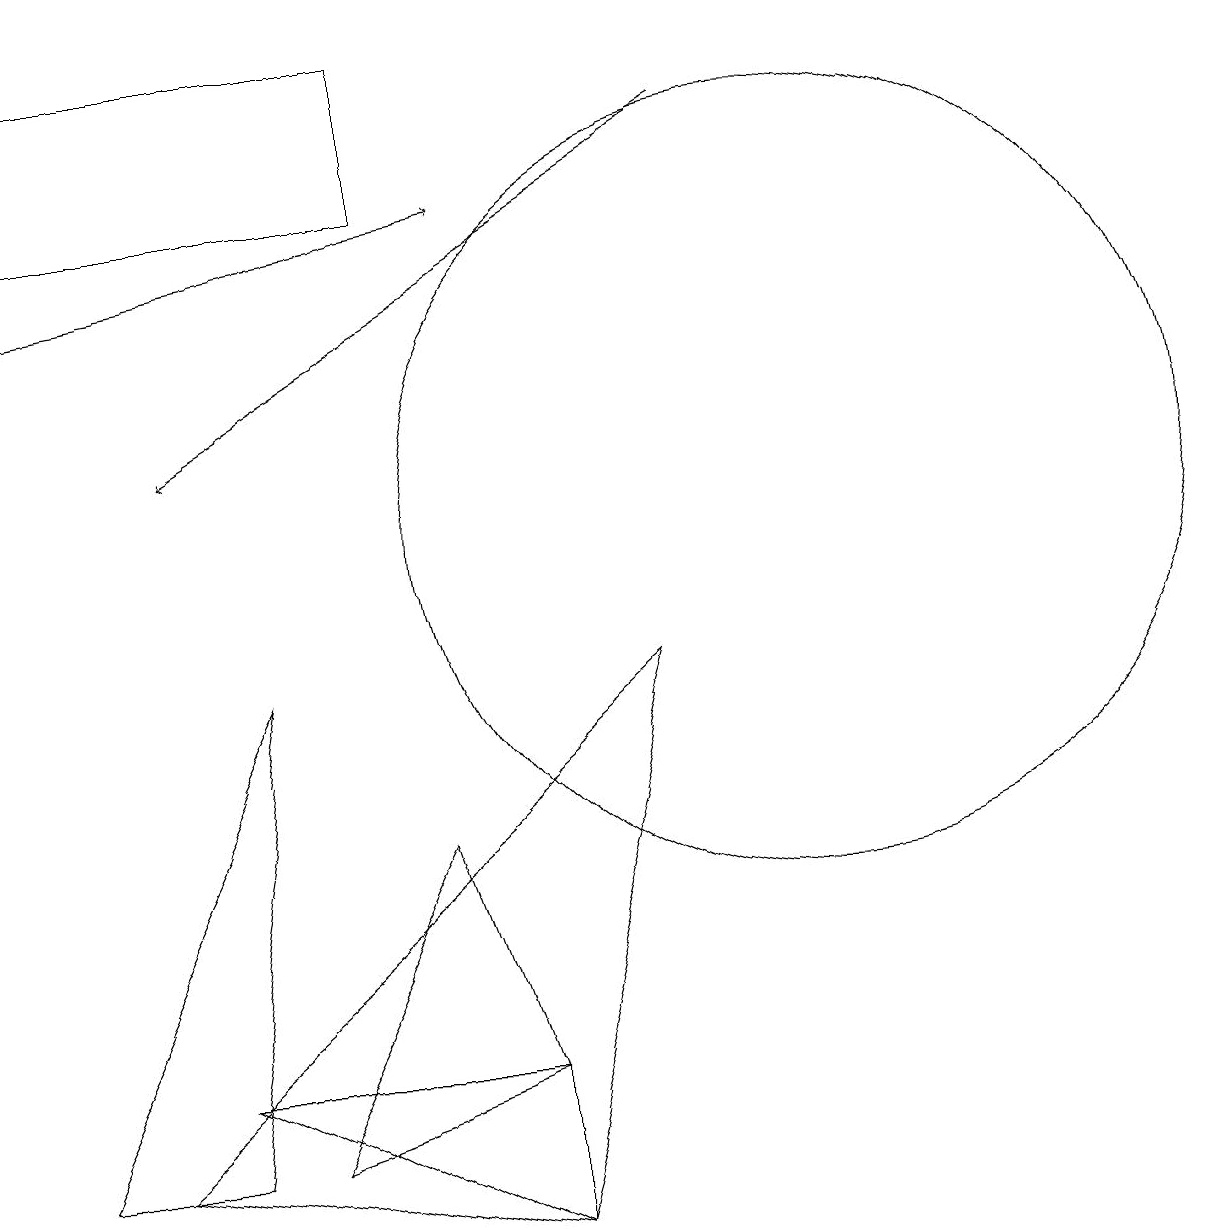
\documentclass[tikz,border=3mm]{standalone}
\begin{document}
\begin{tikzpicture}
\draw (10,11) circle (5);
\draw (2,4) -- (6,2) -- (6,4) -- cycle;
\draw[->] (9,16) -- (2,12);
\draw (5,17) rectangle (0,15);
\draw (8,9) -- (1,3) -- (6,2) -- cycle;
\draw (3,3) -- (6,4) -- (5,7) -- cycle;
\draw[->] (0,14) -- (6,15);
\draw (3,9) -- (0,3) -- (2,3) -- cycle;
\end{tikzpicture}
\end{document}